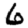
Digit: 6